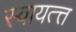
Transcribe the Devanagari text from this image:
स्वायत्त्त